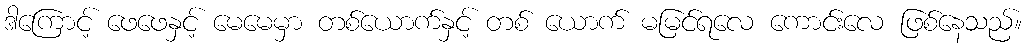
ဒါကြောင့် ဖေဖေနှင့် မေမေမှာ တစ်ယောက်နှင့် တစ် ယောက် မမြင်ရလေ ကောင်းလေ ဖြစ်နေသည်။